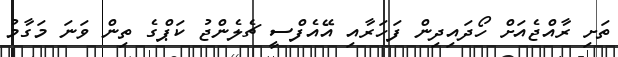
ތަށި ރާއްޖެއަށް ހޯދައިދިން ފަހަރާއި އޭއެފްސީ ޗެލެންޖު ކަޕްގެ ތިން ވަނަ މަގާމު